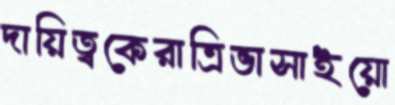
দায়িত্বকেরাত্রিভাসাইয়ো